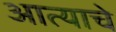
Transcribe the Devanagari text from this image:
आत्याचे